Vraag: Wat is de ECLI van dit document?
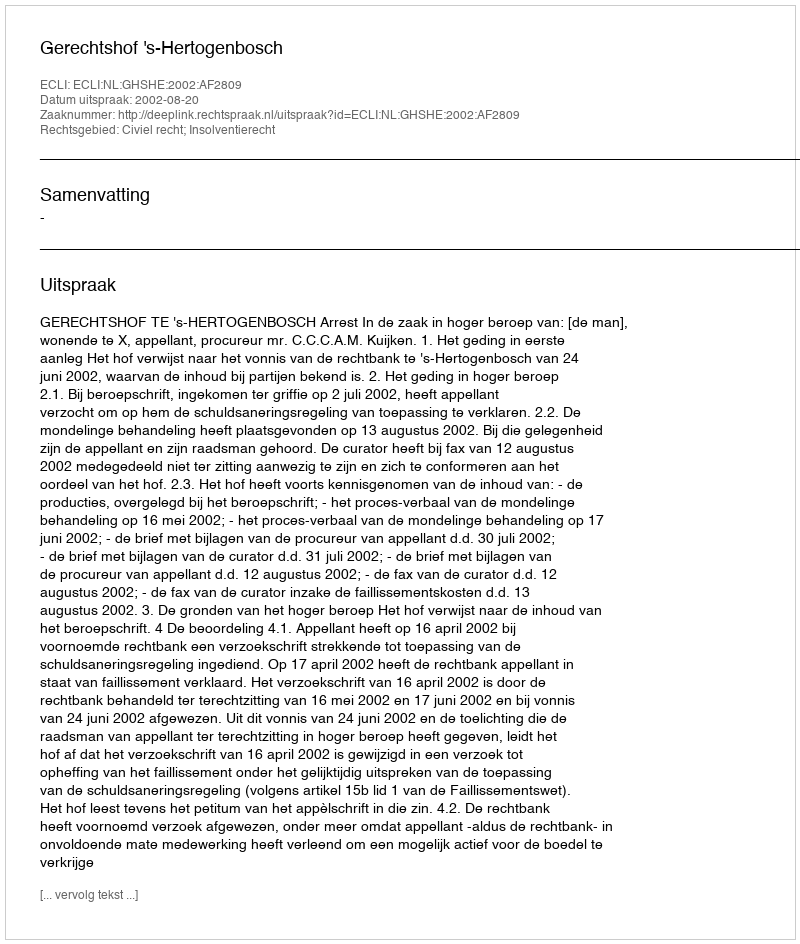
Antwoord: ECLI:NL:GHSHE:2002:AF2809